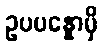
ဥပပန္နောမှိ